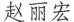
赵丽宏